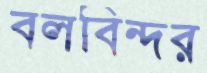
বলবিন্দর